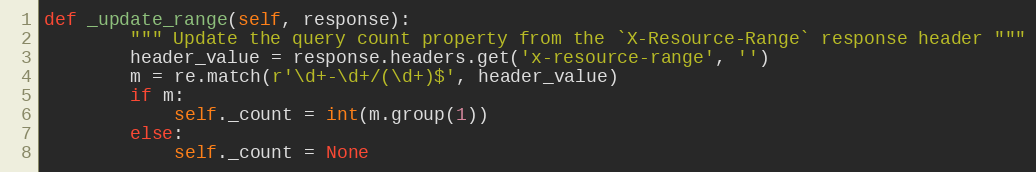
Language: Python
def _update_range(self, response):
        """ Update the query count property from the `X-Resource-Range` response header """
        header_value = response.headers.get('x-resource-range', '')
        m = re.match(r'\d+-\d+/(\d+)$', header_value)
        if m:
            self._count = int(m.group(1))
        else:
            self._count = None